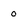
Character: o